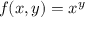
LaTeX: f ( x , y ) = x ^ { y }